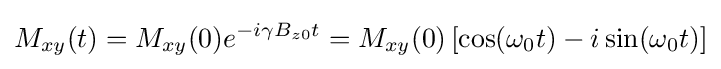
M_{xy}(t)=M_{xy}(0)e^{-i\gamma B_{z0}t}=M_{xy}(0)\left[\cos(\omega _{0}t)-i\sin(\omega _{0}t)\right]